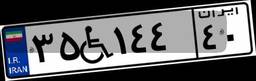
۸۳W۹۴۳۸۳